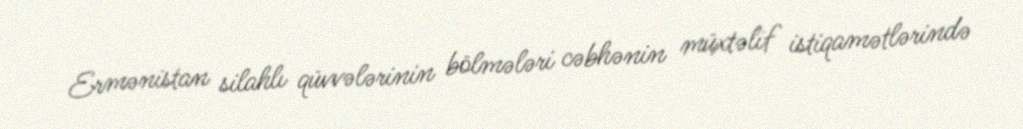
Ermənistan silahlı qüvvələrinin bölmələri cəbhənin müxtəlif istiqamətlərində